Report on malaria in the Punjab during the year ...  together with an account of the work of the Punjab Malaria Bureau - Volume 3
Disease focus: Malaria
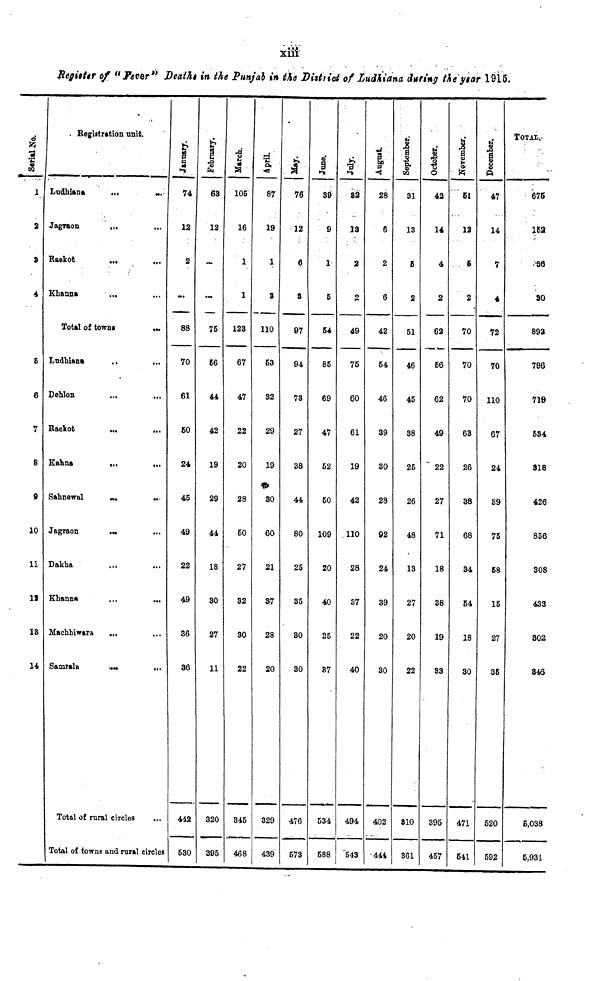
xiii
Register of "Fever" Deaths in the Punjab in the District of Ludhiana during the year 1916.
Serial No.
1
2
3
4
6
6
7
8
9
20
11
12
18
14
Registration unit.
Ludhiana
Jagraon
Raekot
Khanna
Total of towns
Ludhiana
Dehlon
Raekot
Kahna
Sahnewal
Jagraon
Dakha
Khanna
Machhiwara
Samrala
Total of rural circles
Total of towns and rural circle
January.
74
12
2
88
70
61
60
24
45
49
22
49
36
36
442
63
February.
63
12
76
66
44
42
19
29
44
18
30
27
11
320
396
March.
105
16
1
1
123
67
47
22
20
28
60
27
32
30
22
345
468
April.
87
19
1
3
110
53
32
29
19
30
60
21
37
28
20
329
439
May.
76
12
6
8
97
94
73
27
38
44
80
25
35
30
30
476
673
June.
39
9
1
5
54
85
69
47
52
50
109
20
40
25
87
534
588
July.
92
13
2
o
49
75
60
61
19
42
110
28
37
22
40
494
543
August.
28
6
2
6
42
54
46
39
30
28
92
24
39
20
30
402
441
September.
31
13
6
2
51
46
45
38
25
26
48
13
27
20
22
810
361
October.
42
14
4
2
62
56
62
49
22
27
71
18
38
19
33
395
457
November.
51
12
6
2
70
70
70
63
26
38
68
34
54
18
30
471
541
December.
47
14
7
4
72
70
110
67
24
£9
75
58
15
27
35
620
592
TOTAL.
676
152
36
30
893
796
719
534
318
426
856
308
433
802
346
5,038
5,931